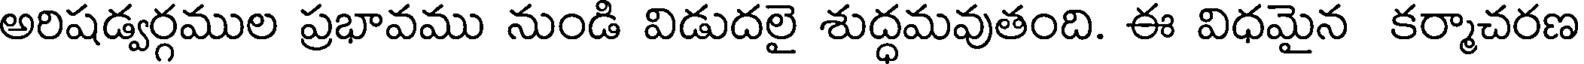
అరిషడ్వర్గముల ప్రభావము నుండి విడుదలై శుద్ధమవుతంది. ఈ విధమైన కర్మాచరణ